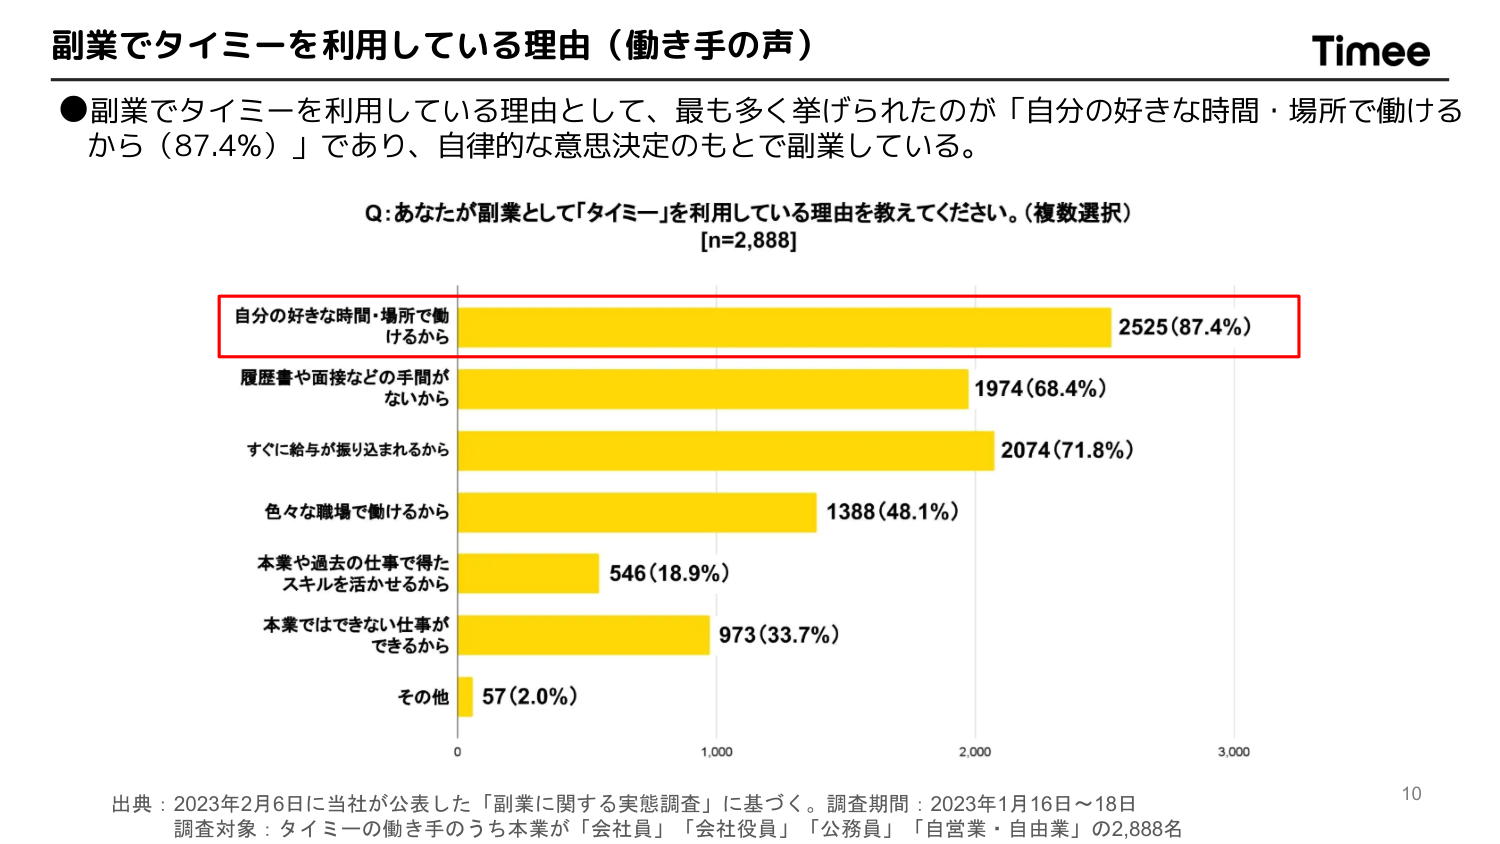
副業でタイミーを利用している理由（働き手の声）

●副業でタイミーを利用している理由として、最も多く挙げられたのが「自分の好きな時間・場所で働けるから（87.4%）」であり、自律的な意思決定のもとで副業している。

Q：あなたが副業として「タイミー」を利用している理由を教えてください。（複数選択）
[n=2,888]

自分の好きな時間・場所で働けるから　2525（87.4%）
履歴書や面接などの手間がないから　1974（68.4%）
すぐに給与が振り込まれるから　2074（71.8%）
色々な職場で働けるから　1388（48.1%）
本業や過去の仕事で得たスキルを活かせるから　546（18.9%）
本業ではできない仕事ができるから　973（33.7%）
その他　57（2.0%）

出典：2023年2月6日に当社が公表した「副業に関する実態調査」に基づく。調査期間：2023年1月16日～18日
調査対象：タイミーの働き手のうち本業が「会社員」「会社役員」「公務員」「自営業・自由業」の2,888名

Timee
10